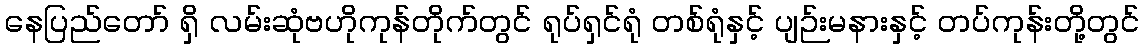
နေပြည်တော် ရှိ လမ်းဆုံဗဟိုကုန်တိုက်တွင် ရုပ်ရှင်ရုံ တစ်ရုံနှင့် ပျဉ်းမနားနှင့် တပ်ကုန်းတို့တွင်